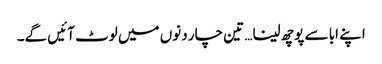
اپنے ابا سے پوچھ لینا… تین چار دنوں میں لوٹ آئیں گے۔